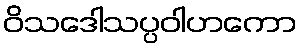
ဝိသဒေါသပ္ပဝါဟကော